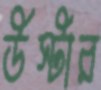
উস্টার